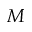
M